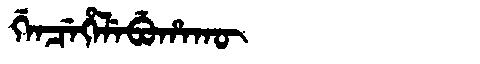
Manchu: ᡤᡝᠨᠴᡝᡥᡝᠯᡝᠪᡠᡥᠠᡴᡡ
Romanization: GENCEHELEBUHAKŪ